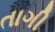
તાગી